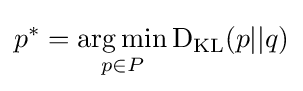
p^{*}={\underset {p\in P}{\arg \min }}\operatorname {D} _{\mathrm {KL} }(p||q)